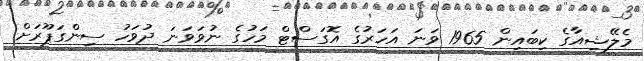
މެލޭޝިއާގެ ކިބައިން 1965 ވަނަ އަހަރުގެ އޮގަސްޓް މަހުގެ ނުވަވަނަ ދުވަހު ސިންގަޕޫރަށް